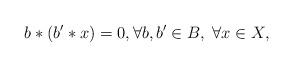
LaTeX: \begin{align*}b \ast (b' \ast x) =0, \forall b,b' \in B, \; \forall x \in X,\end{align*}